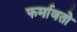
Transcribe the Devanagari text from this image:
फर्मावतो